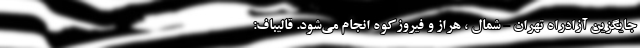
جایگزین آزادراه تهران - شمال ، هراز و فیروزکوه انجام می‌شود. قالیباف: